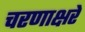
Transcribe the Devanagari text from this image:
चरणाक्षरे